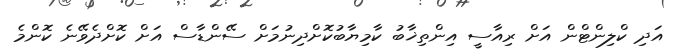
އަދި ކްލިންޓްން އަށް ރިއާސީ އިންތިޚާބު ކާމިޔާބުކޮށްދިނުމަށް ސޭންޑާސް އަށް ކޮށްދެވޭނެ ކޮންމެ